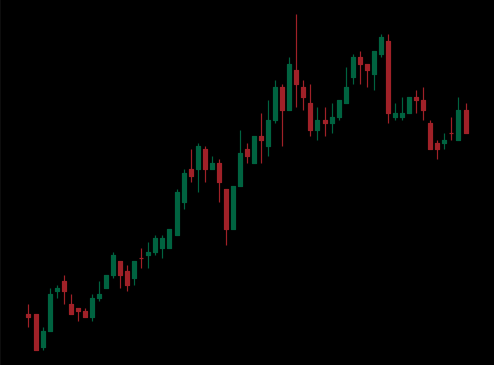
Pattern: bear_flag